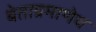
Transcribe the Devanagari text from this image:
बेताप्रमाणेच